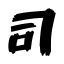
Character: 司